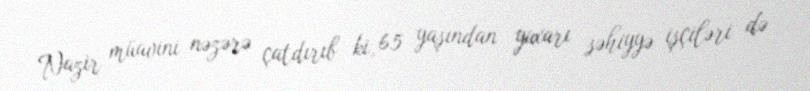
Nazir müavini nəzərə çatdırıb ki, 65 yaşından yuxarı səhiyyə işçiləri də